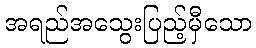
အရည်အသွေးပြည့်မှီသော